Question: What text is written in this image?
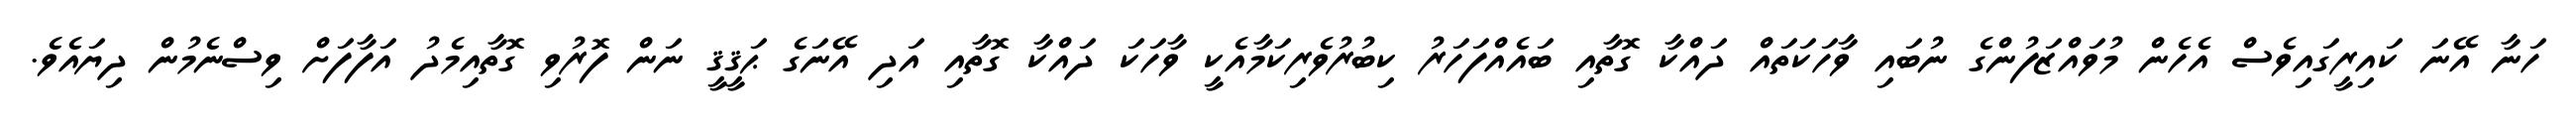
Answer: ހަނާ އޭނަ ކައިރީގައިވެސް އެހެން މުވައްޒަފުންގެ ނުބައި ވާހަކަތައް ދައްކާ ގޮތާއި ބައެއްފަހަރު ކިބުރުވެރިކަމާއެކީ ވާހަކަ ދައްކާ ގޮތާއި އަދި އޭނަގެ ޙަޤީޤީ ނަން ފޮރުވި ގޮތާއިމެދު އަފާފަށް ވިސްނެމުން ދިޔައެވެ.